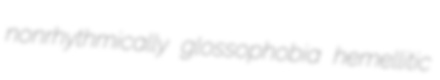
nonrhythmically glossophobia hemellitic